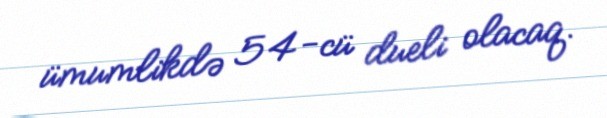
ümumlikdə 54-cü dueli olacaq.